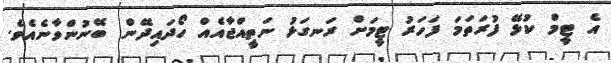
އެ ޓީމް ކުޅޭ ފުރަތަމަ ފަހަރު ޓީމަށް ރަނގަޅު ނަތީއްޖާއެއް ހޯދައިދޭން ބޭނުންވާނެއެވެ.